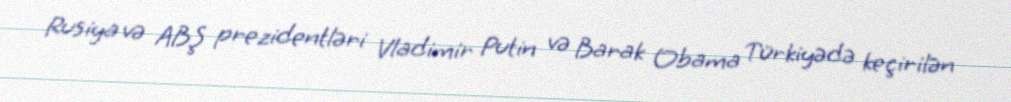
Rusiya və ABŞ prezidentləri Vladimir Putin və Barak Obama Türkiyədə keçirilən